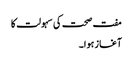
مفت صحت کی سہولت کا
آغاز ہوا۔